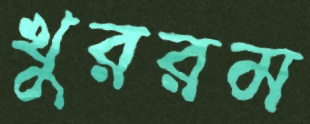
খুররম